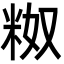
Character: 𬖗